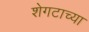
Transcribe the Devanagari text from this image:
शेगटाच्या